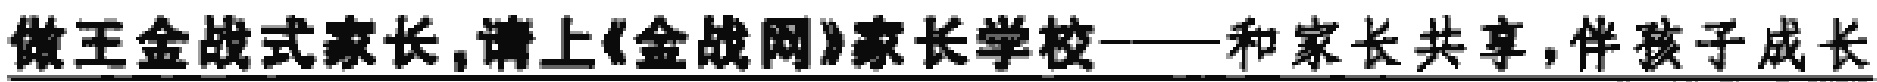
做王金战式家长,请上《金战网》家长学校——和家长共享,伴孩子成长